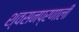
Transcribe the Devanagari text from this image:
श्वसनप्रणाली